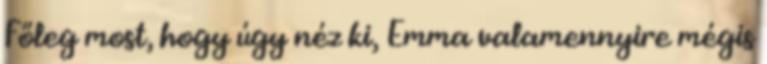
Főleg most, hogy úgy néz ki, Emma valamennyire mégis